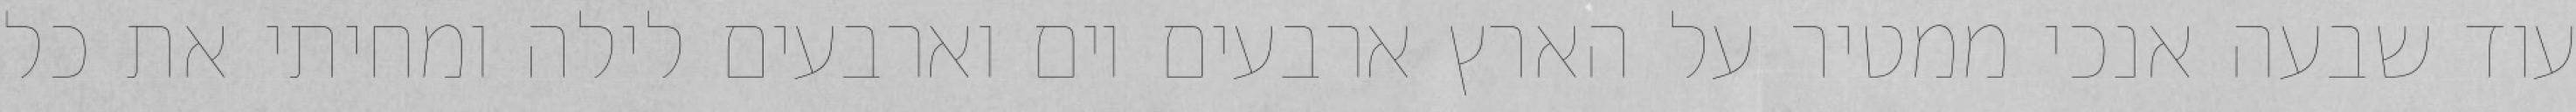
עוד שבעה אנכי ממטיר על הארץ ארבעים יום וארבעים לילה ומחיתי את כל